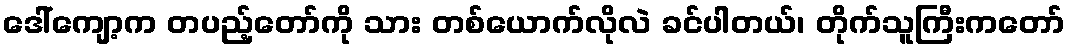
ဒေါ်ကျော့က တပည့်တော်ကို သား တစ်ယောက်လိုလဲ ခင်ပါတယ်၊ တိုက်သူကြီးကတော်